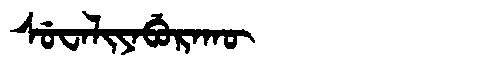
Manchu: ᠰᡠᠸᠠᠯᡳᠶᠠᠪᡠᡵᠠᡴᡡ
Romanization: SUWALIYABURAKŪ